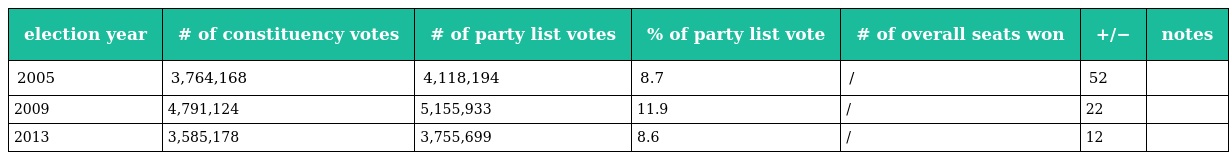
| election year | # of constituency votes | # of party list votes | % of party list vote | # of overall seats won | +/− | notes |
 | --- | --- | --- | --- | --- | --- | --- |
 | 2005 | 3,764,168 | 4,118,194 | 8.7 | / | 52 |  |
 | 2009 | 4,791,124 | 5,155,933 | 11.9 | / | 22 |  |
 | 2013 | 3,585,178 | 3,755,699 | 8.6 | / | 12 |  |